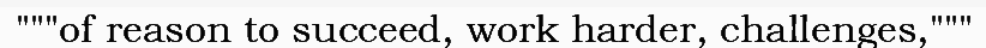
"""of reason to succeed, work harder, challenges,"""